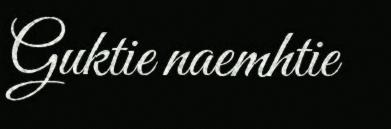
Guktie naemhtie